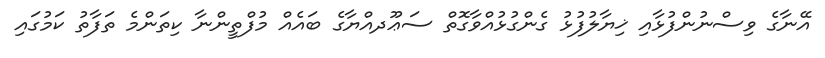
އޭނާގެ ވިސްނުންފުޅާއި ޚިޔާލުފުޅު ގެންގުޅުއްވާގޮތް ސަޢޫދއްޔާގެ ބައެއް މުފްތީންނާ ކިތަންމެ ތަފާތު ކަމުގައި